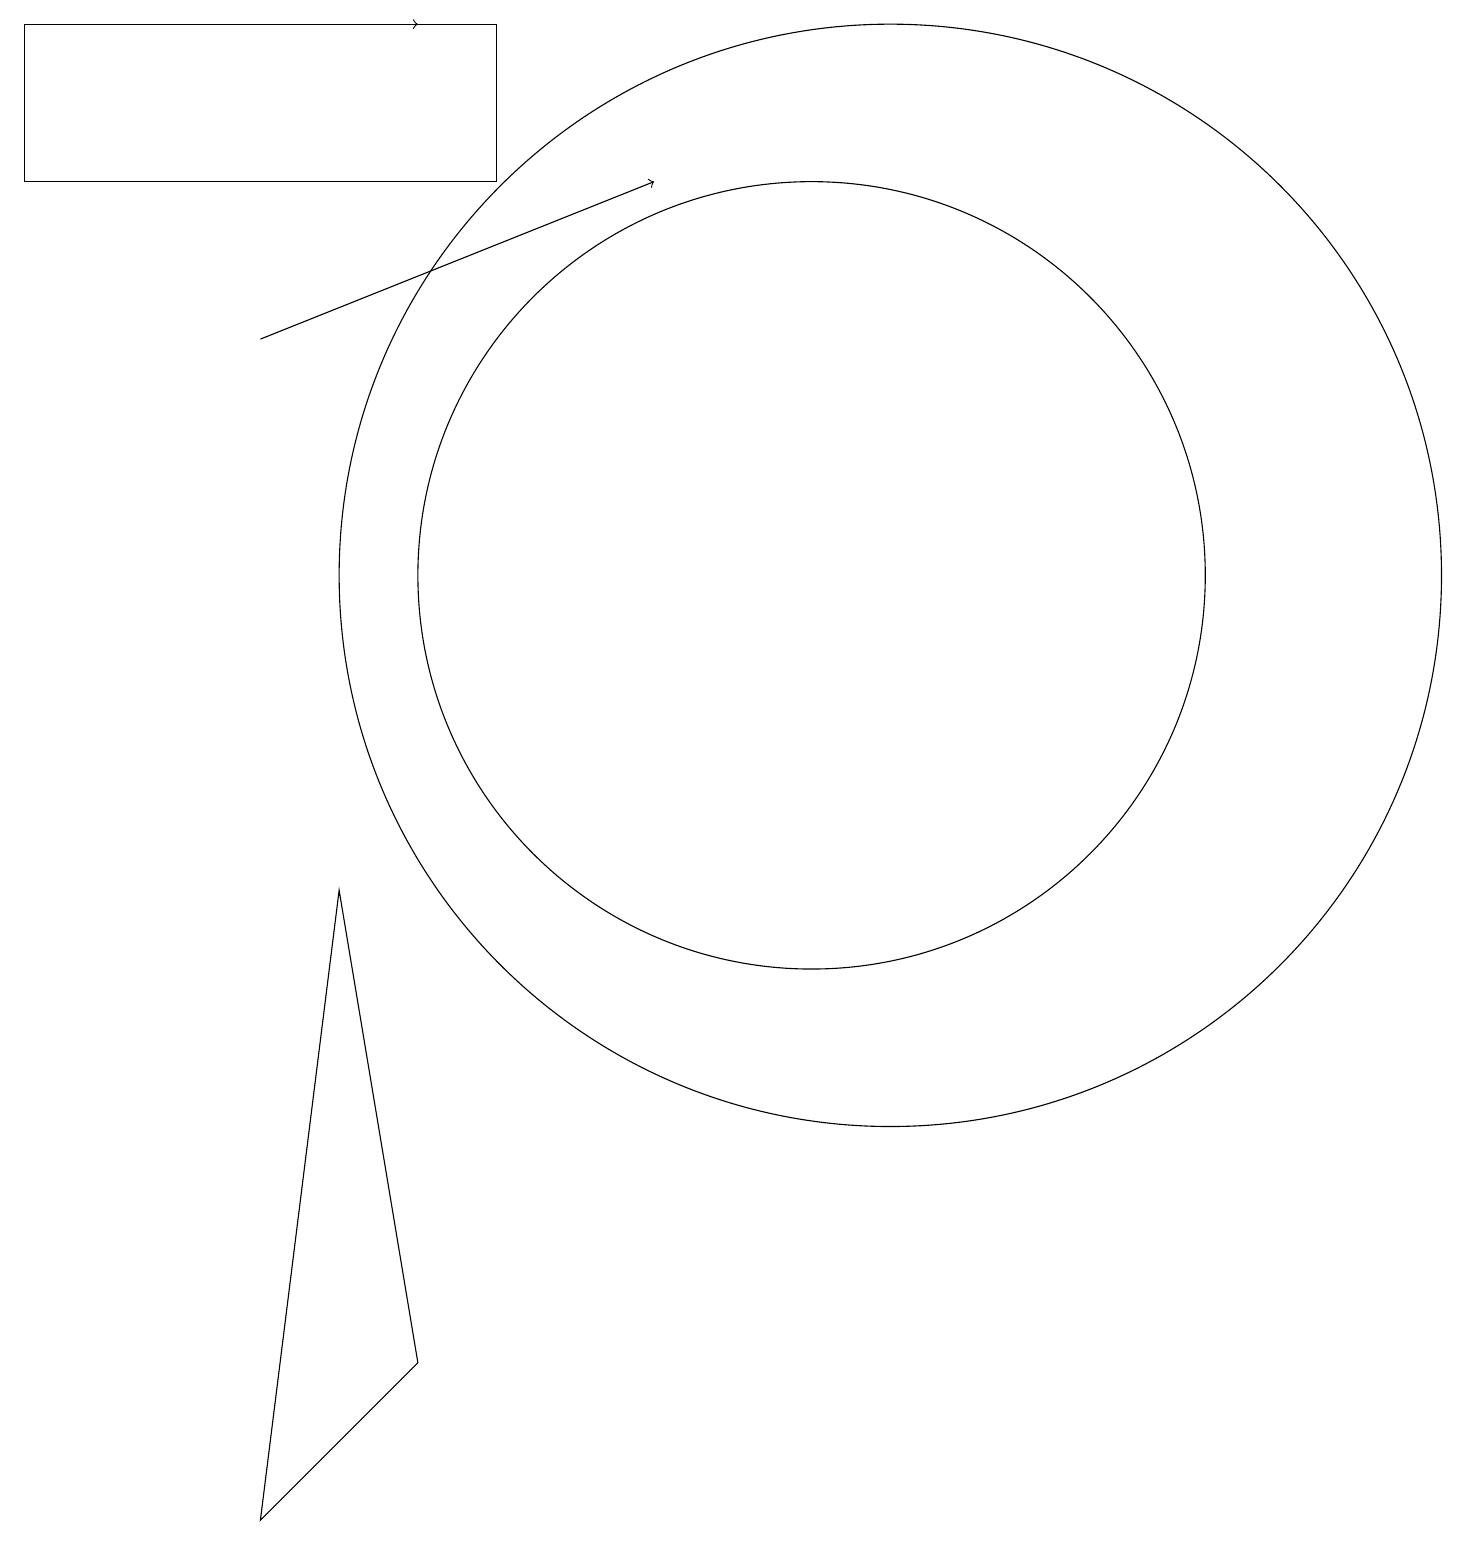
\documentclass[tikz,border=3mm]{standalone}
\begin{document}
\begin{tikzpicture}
\draw[->] (4,19) -- (6,19);
\draw (11,12) circle (5);
\draw (4,0) -- (5,8) -- (6,2) -- cycle;
\draw (12,12) circle (7);
\draw (7,17) rectangle (1,19);
\draw[->] (4,15) -- (9,17);
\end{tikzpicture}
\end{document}